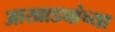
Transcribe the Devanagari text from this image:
आखाड्यांच्या